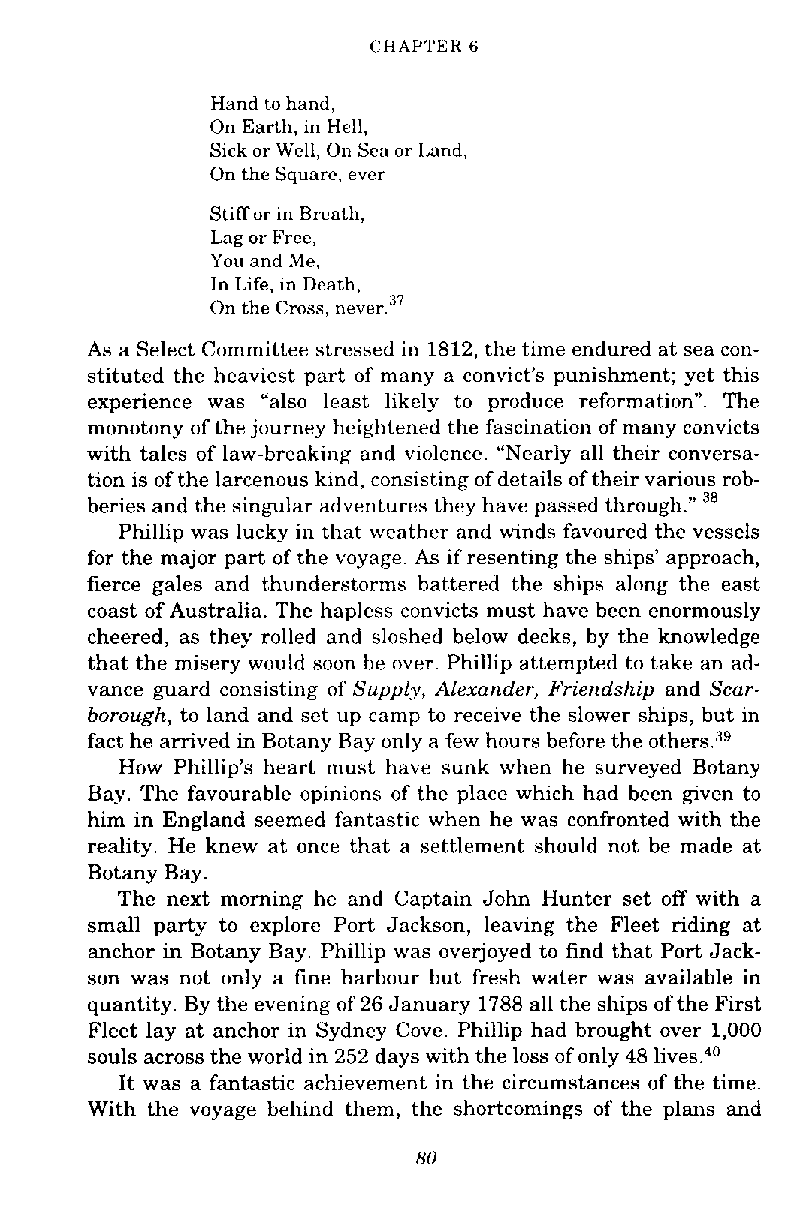
CHAPTER 6
 Hand to hand,
 On Earth, in Hell,
 Sick or Well, On Sea or Land.
 On the Square, ever.
 Stiff or in Breath,
 Lag or Free,
 You and Me,
 In Life, in Death,
 On the Cross, never.37
 As a Select Committee stressed in 1812, the time endured at sea con-
 stituted the heaviest part of many a convict's punishment; yet this
 experience was "also least likely to produce reformation". The
 monotony of the journey heightened the fascination of many convicts
 with tales of law-breaking and violence. "Nearly all their conversa-
 tion is of the larcenous kind, consisting of details of their various rob-
 ''
 beries and the singular adventures they have passed through."
 Phillip was lucky in that weather and winds favoured the vessels
 for the major part of the voyage. As if resenting the ships' approach,
 fierce gales and thunderstorms battered the ships along the east
 coast of Australia. The hapless convicts must have been enormously
 cheered, as they rolled and sloshed below decks, by the knowledge
 that the misery would soon be over. Phillip attempted to take an ad-
 vance guard consisting of Supply, Alexander, Friendship and Scar-
 borough, to land and set up camp to receive the slower ships, but in
 fact he amved in Botany Bay only a few hours before the other^.'^
 How Phillip's heart must have sunk when he surveyed Botany
 Bay. The favourable opinions of the place which had been given to
 him in England seemed fantastic when he was confronted with the
 reality. He knew at once that a settlement should not be made at
 Botany Bay.
 The next morning he and Captain John Hunter set off with a
 small party to explore Port Jackson, leaving the Fleet riding at
 anchor in Botany Bay. Phillip was ovej oyed to find that Port Jack-
 son was not only a fine harbour but fresh water was available in
 quantity. By the evening of 26 January 1788 all the ships of the First
 Fleet lay at anchor in Sydney Cove. Phillip had brought over 1,000
 souls across the world in 252 days with the loss of only 48 lives.40
 It was a fantastic achievement in the circumstances of the time.
 With the voyage behind them, the shortcomings of the plans and